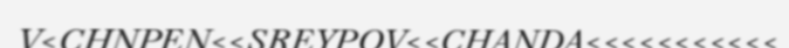
V<CHNPEN<<SREYPOV<<CHANDA<<<<<<<<<<<